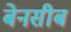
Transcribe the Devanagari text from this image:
बेनसीब